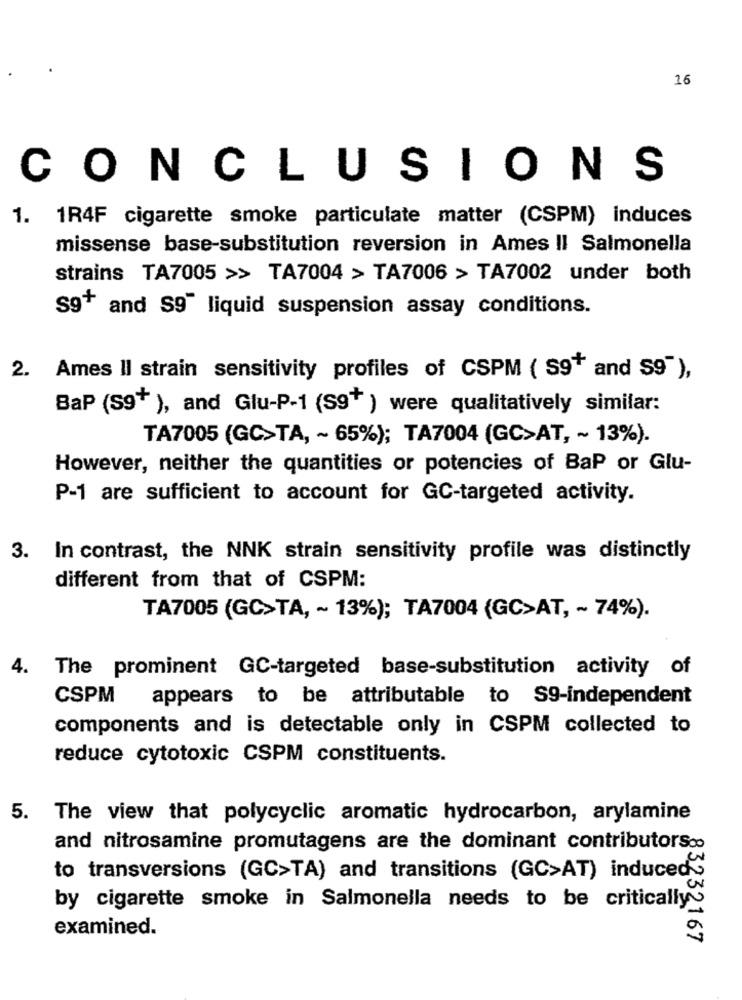
26
CONCLUSIONS
1. 1R4F cigarette smoke particulate matter (CSPM) induces
missense base-substitution reversion in Ames Il Salmonella
strains TA7005 >> TA7004 > TA7006 > TA7002 under both
s9+ and $9" liquid suspension assay conditions.
2. Ames Il strain sensitivity profiles of CSPM ( S9+ and S9"),
BaP (S9+ ), and Glu-P-1 (S9+ ) were qualitatively similar:
TA7005 (GC>TA, ~ 65%); TA7004 (GC>AT, ~ 13%).
However, neither the quantities or potencies of BaP or Glu-
P-1 are sufficient to account for GC-targeted activity.
3. In contrast, the NNK strain sensitivity profile was distinctly
different from that of CSPM:
TA7005 (GC>TA, ~ 13%); TA7004 (GC>AT, ~ 74%).
4. The prominent GC-targeted base-substitution activity of
CSPM
appears to be attributable to S9-independent
components and is detectable only in CSPM collected to
reduce cytotoxic CSPM constituents.
5.
The view that polycyclic aromatic hydrocarbon, arylamine
and nitrosamine promutagens are the dominant contributorsoo
to transversions (GC>TA) and transitions (GC>AT) induceds
by cigarette smoke in Salmonella needs to be critically
examined.
83232167